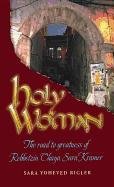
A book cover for Holy Woman: The Road to Greatness of Rebbetzin Chaya Sara Kramer; Sara Yoheved Rigler; Religion & Spirituality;